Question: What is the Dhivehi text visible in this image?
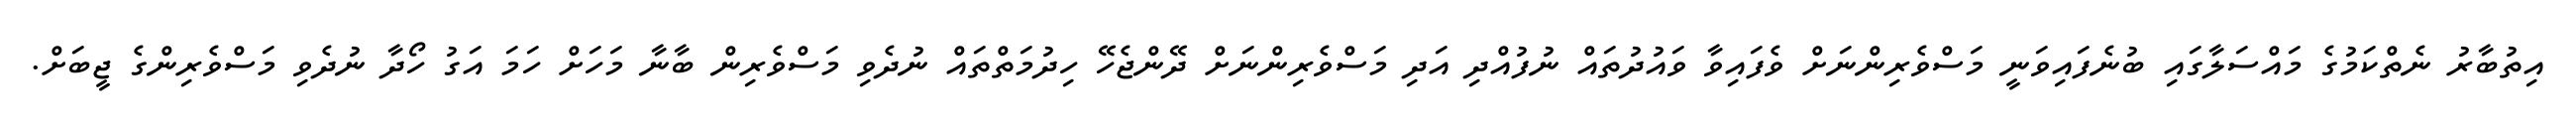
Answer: އިތުބާރު ނެތްކަމުގެ މައްސަލާގައި ބުނެފައިވަނީ މަސްވެރިންނަށް ވެފައިވާ ވައުދުތައް ނުފުއްދި އަދި މަސްވެރިންނަށް ދޭންޖެހޭ ހިދުމަތްތައް ނުދެވި މަސްވެރިން ބާނާ މަހަށް ހަމަ އަގު ހޯދާ ނުދެވި މަސްވެރިންގެ ޖީބަށް.